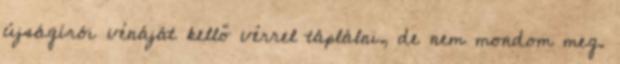
újságírói vénáját kellő vérrel táplálni, de nem mondom meg.